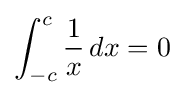
\int _{-c}^{c}{\frac {1}{x}}\,dx=0